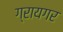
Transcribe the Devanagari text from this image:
ग्रायगर